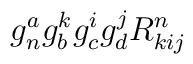
g^a_ng_b^kg_c^ig_d^jR^n_{kij}